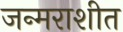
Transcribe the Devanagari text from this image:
जन्मराशीत